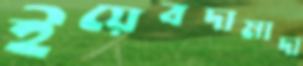
ইয়েবদামাদা